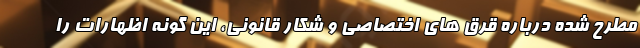
مطرح شده درباره قرق های اختصاصی و شکار قانونی، این گونه اظهارات را